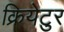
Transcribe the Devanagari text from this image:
क्रियेटुर